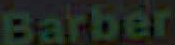
Barber